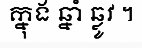
ក្នុង ឆ្នាំ ឆ្លូវ ។